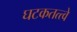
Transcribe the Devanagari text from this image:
घटकतत्त्वे